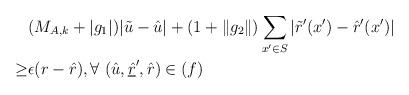
LaTeX: \begin{align*}&(M_{A,k}+|g_1|)|\tilde{u}-\hat{u}|+(1+\|g_2\|)\sum_{x^\prime\in S}|\tilde{r}^\prime(x^\prime)-\hat{r}^\prime(x^\prime)|\\\geq&\epsilon(r-\hat{r}),\forall\,\, (\hat{u},\underline{\hat{r}}^\prime,\hat{r})\in (f)\end{align*}